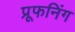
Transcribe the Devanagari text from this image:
प्रूफनिंग